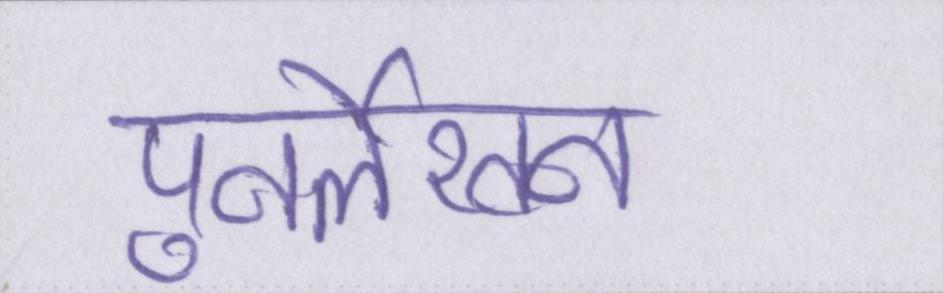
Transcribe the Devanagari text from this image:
पुनर्लेखन